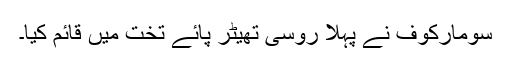
سومارکوف نے پہلا روسی تھیٹر پائے تخت میں قائم کیا۔